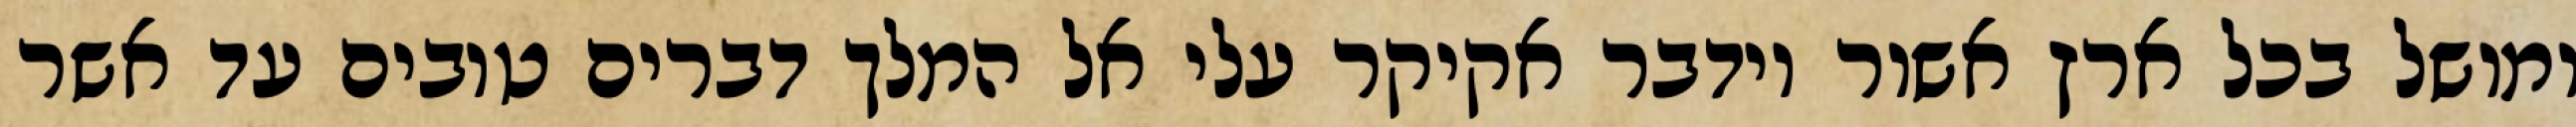
ומושל בכל ארץ אשור וידבר אקיקר עלי אל המלך דברים טובים עד אשר